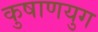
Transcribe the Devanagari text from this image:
कुषाणयुग